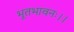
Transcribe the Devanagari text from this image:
भूतभावनः।।